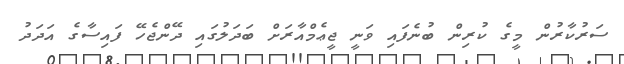
ސަރުކާރުން މީގެ ކުރިން ބުނެފައި ވަނީ ޖީޢެމްއާރަށް ބަދަލުގައި ދޭންޖެހޭ ފައިސާގެ އަދަދު